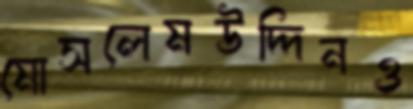
মোসলেমউদ্দিনও